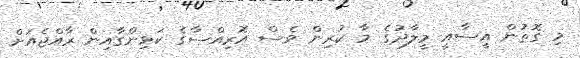
މި ގޮތުން އީސާއީ މީލާދުގެ މާ ކުރިން ވެސް އޮރިއްސާގެ ކަޅިންގާއިން ރާއްޖެއަށް